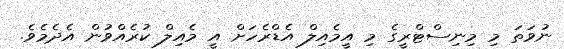
ނުވަތަ މި މިނިސްޓްރީގެ މި އީމެއިލް އެޑްރެހަށް އީ މެއިލް ކުރެއްވުން އެދެމެވެ.